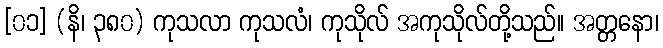
[၀၁] (နိ၊ ၃၈၀) ကုသလာ ကုသလံ၊ ကုသိုလ် အကုသိုလ်တို့သည်။ အတ္တနော၊